Medical and sanitary report of the native army of Bengal for the year
Year: 1875
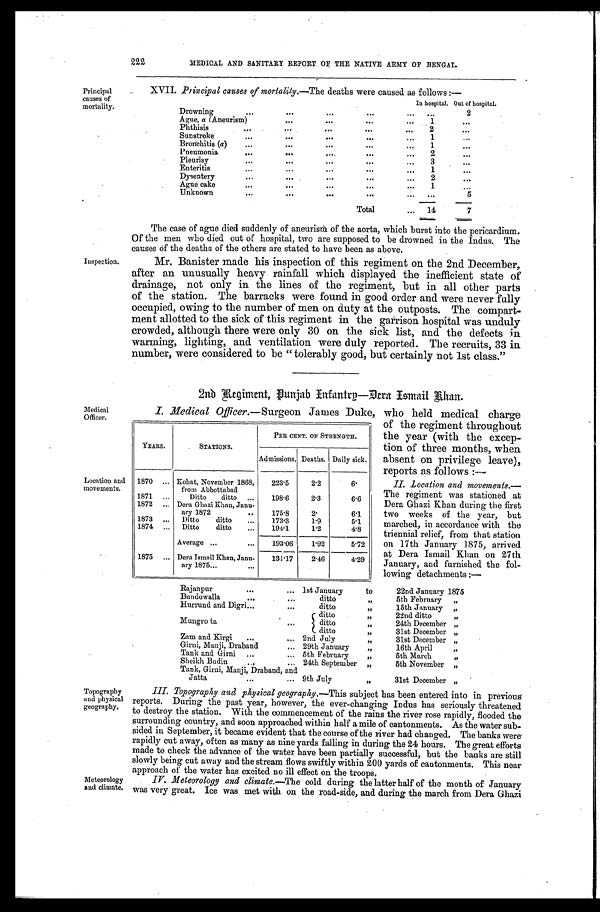
222 MEDICAL AND SANITARY REPORT OF THE NATIVE ARMY OF BENGAL.
Principal
causes of
mortality.
Inspection.
XVII. Principal causes of mortality. —The deaths were caused as follows: —
In hospital. Out of hospital.
Drowning
2
Ague, a (Aneurism)
1
Phthisis
2
Sunstroke
1
Bronchitis (a)
1
Pneumonia
2
Pleurisy
3
Enteritis
1
Dysentery
2
Ague cake
1
Unknown
5
Total
14
7
The case of ague died suddenly of aneurism of the aorta, which burst into the pericardium.
Of the men who died out of hospital, two are supposed to be drowned in the Indus. The
causes of the deaths of the others are stated to have been as above.
Mr. Banister made his inspection of this regiment on the 2nd December,
after an unusually heavy rainfall which displayed the inefficient state of
drainage, not only in the lines of the regiment, but in all other parts
of the station. The barracks were found in good order and were never fully
occupied, owing to the number of men on duty at the outposts. The compart-
ment allotted to the sick of this regiment in the garrison hospital was unduly
crowded, although there were only 30 on the sick list, and the defects in
warming, lighting, and ventilation were duly reported. The recruits, 33 in
number, were considered to be "tolerably good, but certainly not 1st class."
Medical
Officer.
Location and
movements.
2nd Regiment, Punjab Infantrp—Dera Ismail Khan.
I. Medical Officer.—Surgeon James Duke, who held medical charge
of the regiment throughout
the year (with the excep-
tion of three months, when
absent on privilege leave),
reports as follows:—
II. Location and movements.
— T h e r e g i m e n t w a s s t a t i o n e d a t
Dera Ghazi Khan during the first
two weeks of the year, but
marched, in accordance with the
triennial relief, from that station
on 17th January 1875, arrived
at Dera Ismail Khan on 27th
January, and furnished the fol-
lowing detachments;—
Rajanpur
1st January
to
22nd January 1875
Bundowalla
ditto
„
5th February „
Hurrund and Digri
ditto
„
15th January „
Mungro ta
ditto
,,
22nd ditto „
ditto
„
24th December „
ditto
„
31st December „
Zam and Kirgi
2nd July
„
31st December
Girni, Manji, Draband
29th January
„
16th April „
Tank and Girni
5th February
„
5th March „
Sheikh Budin
24th September „
5th November „
Tank, Girni, Manji, Draband, and
Jatta
9th July
„
31st December „
YEARS.
STATIONS.
PER CENT. OF STRENGTH.
Admissions. Deaths. Daily sick.
1870
Kohat, November 1868,
from Abbottabad
223.5
2.2
6.
1871
Ditto ditto
198.6
2.3
6.6
1872
Dera Ghazi Khan, Janu-
ary 1872
175.8
2.
6.1
1873
Ditto ditto
173.3
1.9
5.1
1874
Ditto ditto
194.1
1.2
4.8
Average
193.06
1.92
5.72
1875
Dera Ismail Khan, Jana-
ary 1875
131.17
2.46
4.29
Topography
and physical
geography.
Meteorology
and climate.
III. Topography and physical geography. —This subject has been entered into in previous
reports. During the past year, however, the ever-changing Indus has seriously threatened
to destroy the station. With the commencement of the rains the river rose rapidly, flooded the
surrounding country, and soon approached within half a mile of cantonments. As the water sub-
sided in September, it became evident that the course of the river had changed. The banks were
rapidly cut away, often as many as nine yards falling in during the 24 hours. The great efforts
made to check the advance of the water have been partially successful, but the banks are still
slowly being cut away and the stream flows swiftly within 200 yards of cantonments. This near
a p p r o a c h o f t h e w a t e r h a s e x c i t e d n o i l l e f f e c t o n t h e t r o o p s .
IV Meteorology and climate.— The cold during the latter half of the month of January
was very great. Ice was met with on the road-side, and during the march from Dera Ghazi